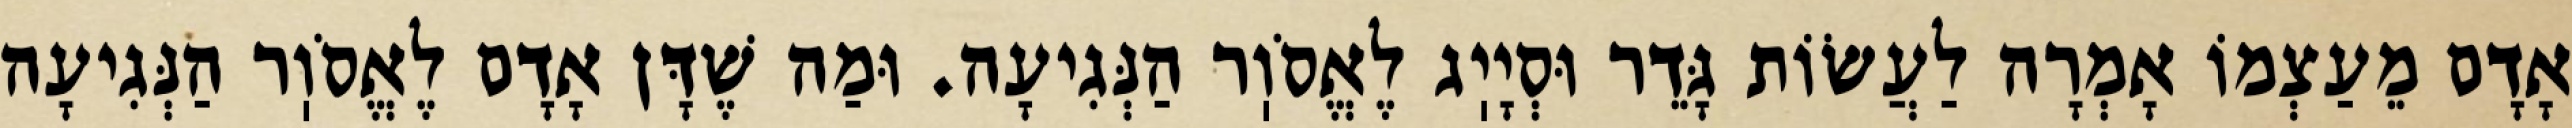
אָדָם מֵעַצְמוֹ אָמְרָה לַעֲשׂוֹת גָּדֵר וּסְיָיֽג לֶאֱסֹוֽר הַנְּגִיעָה. וּמַה שֶׁדָּן אָדָם לֶאֱסֹוֽר הַנְּגִיעָה